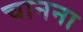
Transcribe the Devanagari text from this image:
चानना